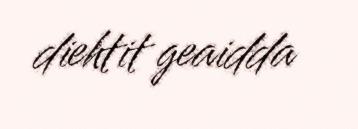
diehtit geaidda